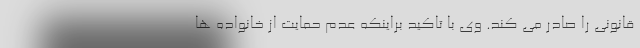
قانونی را صادر می کند. وی با تاکید براینکه عدم حمایت از خانواده ها